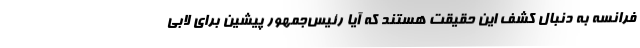
فرانسه به دنبال کشف این حقیقت هستند که آیا رئیس‌جمهور پیشین برای لابی